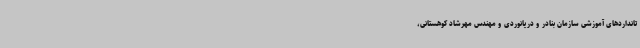
تانداردهای آموزشی سازمان بنادر و دریانوردی و مهندس مهرشاد کوهستانی،